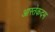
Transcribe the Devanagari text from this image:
आस्तेकदम